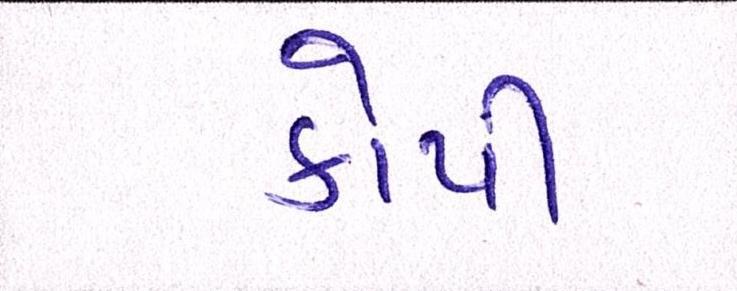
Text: કોળી